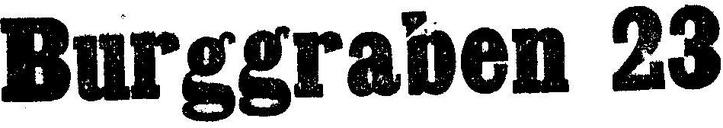
Burggraben 23